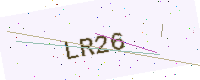
Text: LR26